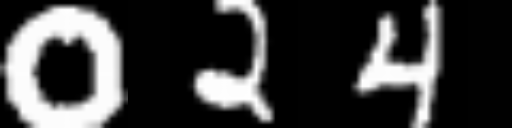
Text: 024